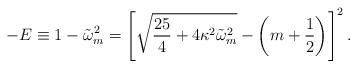
LaTeX: \begin{align*}-E\equiv 1-\tilde{\omega}_m^2=\left[\sqrt{\frac{25}{4}+4\kappa^2\tilde{\omega}_m^2}-\left(m+\frac12\right)\right]^2.\end{align*}